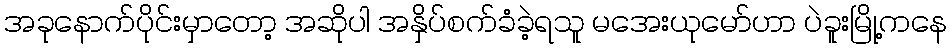
အခုနောက်ပိုင်းမှာတော့ အဆိုပါ အနှိပ်စက်ခံခဲ့ရသူ မအေးယုမော်ဟာ ပဲခူးမြို့ကနေ